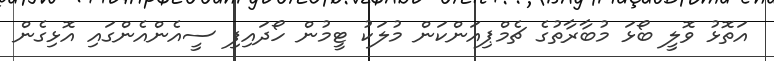
އަތޮޅު ވޮލީ ބޯޅަ މުބާރާތުގެ ޗެމްޕިއަންކަން މުލަކު ޓީމުން ހޯދައިފި ސީއެންއެންގައި އޮޅިގެން